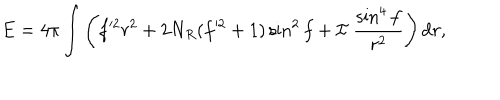
LaTeX: E = 4 \pi \int \left( f ^ { \prime 2 } r ^ { 2 } + 2 N _ { R } ( f ^ { \prime 2 } + 1 ) \sin ^ { 2 } f + { \cal I } ~ \frac { \sin ^ { 4 } f } { r ^ { 2 } } \right) \mathrm { d } r ,